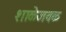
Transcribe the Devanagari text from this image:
शाळेजवळ